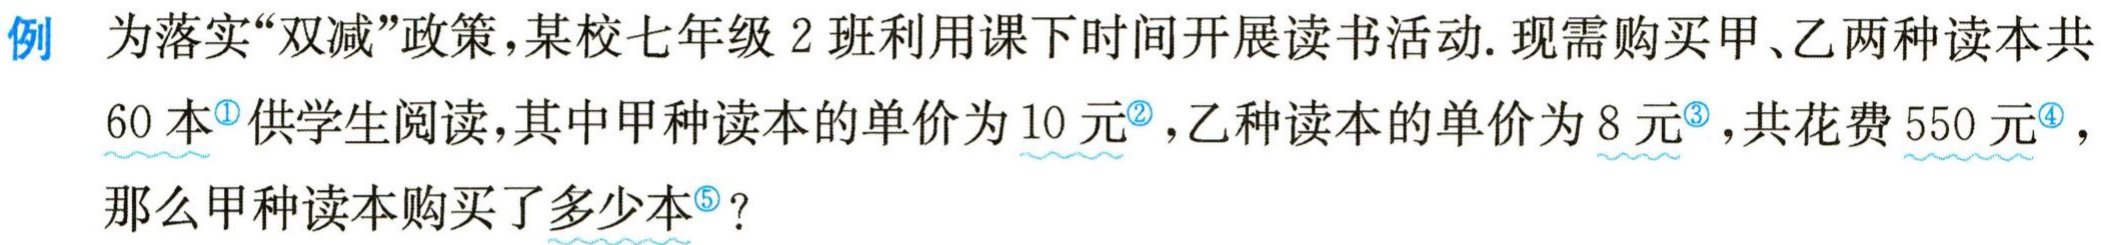
例 为落实“双减”政策，某校七年级 2 班利用课下时间开展读书活动. 现需购买甲、乙两种读本共$60$本<sup>\textcircled{1}</sup>供学生阅读，其中甲种读本的单价为$10$元<sup>\textcircled{2}</sup>，乙种读本的单价为$8$元<sup>\textcircled{3}</sup>，共花费$550$元<sup>\textcircled{4}</sup>，那么甲种读本购买了多少本<sup>\textcircled{5}</sup>？